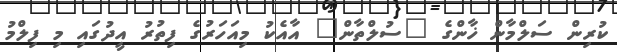
ކުރިން ސަލްމާން ޚާންގެ "ސުލްތާން" އާއެކު މިއަހަރުގެ ފިތުރު އީދުގައި މި ފިލްމު